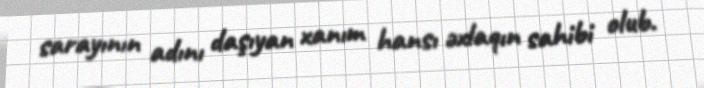
sarayının adını daşıyan xanım hansı əxlaqın sahibi olub.